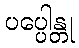
ပပ္ပေါန္တု